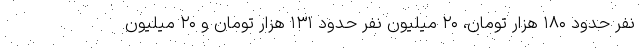
نفر حدود ۱۸۰ هزار تومان، ۲۰ میلیون نفر حدود ۱۳۱ هزار تومان و ۲۰ میلیون